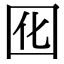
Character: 囮